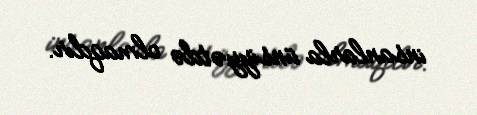
insanlarla ünsiyyətdə olmaqdır.